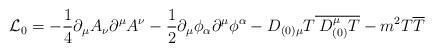
LaTeX: \begin{align*}{\cal L}_{0}=-\frac{1}{4}\partial _{\mu }A_{\nu }\partial ^{\mu }A^{\nu }-\frac{1}{2}\partial _{\mu }\phi _{\alpha }\partial ^{\mu }\phi ^{\alpha }-D_{(0)\mu }T\overline{\: D_{(0)}^{\mu }T}-m^{2}T\overline{T}\end{align*}